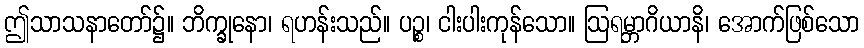
ဤသာသနာတော်၌။ ဘိက္ခုနော၊ ရဟန်းသည်။ ပဉ္စ၊ ငါးပါးကုန်သော။ ဩရမ္ဘာဂိယာနိ၊ အောက်ဖြစ်သော